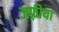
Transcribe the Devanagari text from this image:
जफ़्रीया